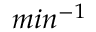
m i n ^ { - 1 }